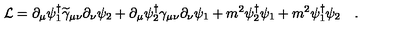
{ \cal L } = \partial _ { \mu } \psi _ { 1 } ^ { \dagger } \widetilde \gamma _ { \mu \nu } \partial _ { \nu } \psi _ { 2 } + \partial _ { \mu } \psi _ { 2 } ^ { \dagger } \gamma _ { \mu \nu } \partial _ { \nu } \psi _ { 1 } + m ^ { 2 } \psi _ { 2 } ^ { \dagger } \psi _ { 1 } + m ^ { 2 } \psi _ { 1 } ^ { \dagger } \psi _ { 2 } \quad .